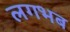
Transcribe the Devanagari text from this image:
लगभब